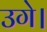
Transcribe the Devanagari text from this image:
उगे।